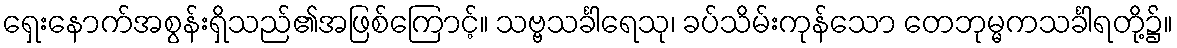
ရှေးနောက်အစွန်းရှိသည်၏အဖြစ်ကြောင့်။ သဗ္ဗသင်္ခါရေသု၊ ခပ်သိမ်းကုန်သော တေဘုမ္မကသင်္ခါရတို့၌။